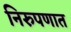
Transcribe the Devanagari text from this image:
निरुपणात